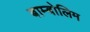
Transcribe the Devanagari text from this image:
बाम्बोलिम